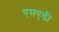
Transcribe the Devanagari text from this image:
एमएडी